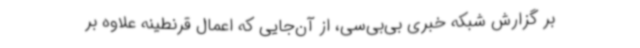
بر گزارش شبکه خبری بی‌بی‌سی، از آن‌جایی که اعمال قرنطینه علاوه بر